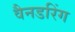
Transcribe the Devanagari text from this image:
वैनडरिंग